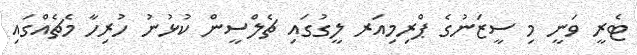
ޓެރީ ވަނީ މި ސީޒަނުގެ ޕްރިމިއަރ ލީގުގައި ޗެލްސީން ކުޅުނު ހުރިހާ މެޗެއްގައި